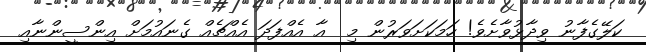
ކަލޭގެފާނު ވިދާޅުވާށެވެ! ހަމަކަށަވަރުން މި  އާ އެއްފަދަ އެއްޗެއް ގެނައުމަށް އިންސީންނާއި